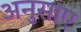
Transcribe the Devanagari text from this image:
अनुसाए